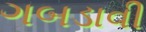
ગબડાવી